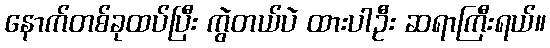
နောက်တစ်ခုထပ်ပြီး ကွဲတယ်ပဲ ထားပါဦး ဆရာကြီးရယ်။